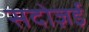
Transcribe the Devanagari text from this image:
सदोज़ई